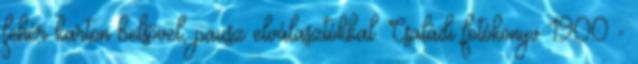
fehér karton belsővel, pausz elválasztókkal. Családi fotókönyv 1900 -